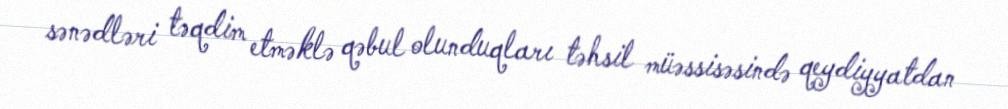
sənədləri təqdim etməklə qəbul olunduqları təhsil müəssisəsində qeydiyyatdan